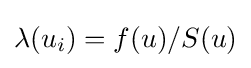
\lambda (u_{i})=f(u)/S(u)